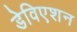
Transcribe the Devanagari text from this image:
डेविएशन